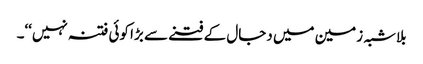
بلاشبہ زمین میں دجال کے فتنے سے بڑا کوئی فتنہ نہیں‘‘۔